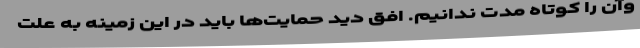
وآن را کوتاه مدت ندانیم. افق دید حمایت‌ها باید در این زمینه به علت